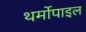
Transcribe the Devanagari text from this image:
थर्मोपाइल